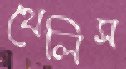
থেলিস